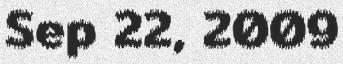
Sep 22, 2009